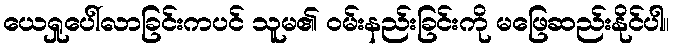
ယေရှုပေါ်လာခြင်းကပင် သူမ၏ ဝမ်းနည်းခြင်းကို မဖြေဆည်းနိုင်ပါ။